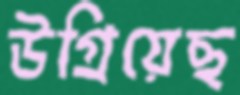
উগ্‌রিয়েছ